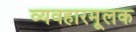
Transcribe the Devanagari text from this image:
व्यवहारमूलक